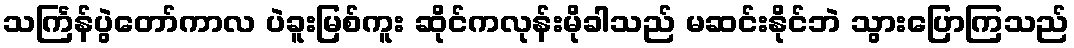
သင်္ကြန်ပွဲတော်ကာလ ပဲခူးမြစ်ကူး ဆိုင်ကလုန်းမိုခါသည် မဆင်းနိုင်ဘဲ သွားပြောကြသည်